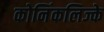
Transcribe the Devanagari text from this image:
कोनिंकलिज्के